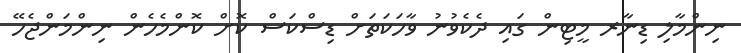
ނިންމާލި ޑިނާރ މީޓިން ގައި ދެކެވުނު ވާހަކަތަށް ޑިސްކަސް ކޮށް ކޮންމެހެން ނިންމަންޖެހޭ